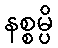
နစ္စမ္ပိ